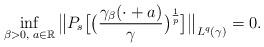
LaTeX: \begin{align*}\inf_{\beta>0,\; a \in \mathbb{R}} \big\| P_s\big[ \big( \frac{\gamma_\beta(\cdot + a)}{\gamma} \big)^\frac1p \big] \big\|_{L^q(\gamma)}=0.\end{align*}